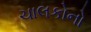
ચાલકોનો